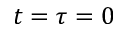
t = \tau = 0